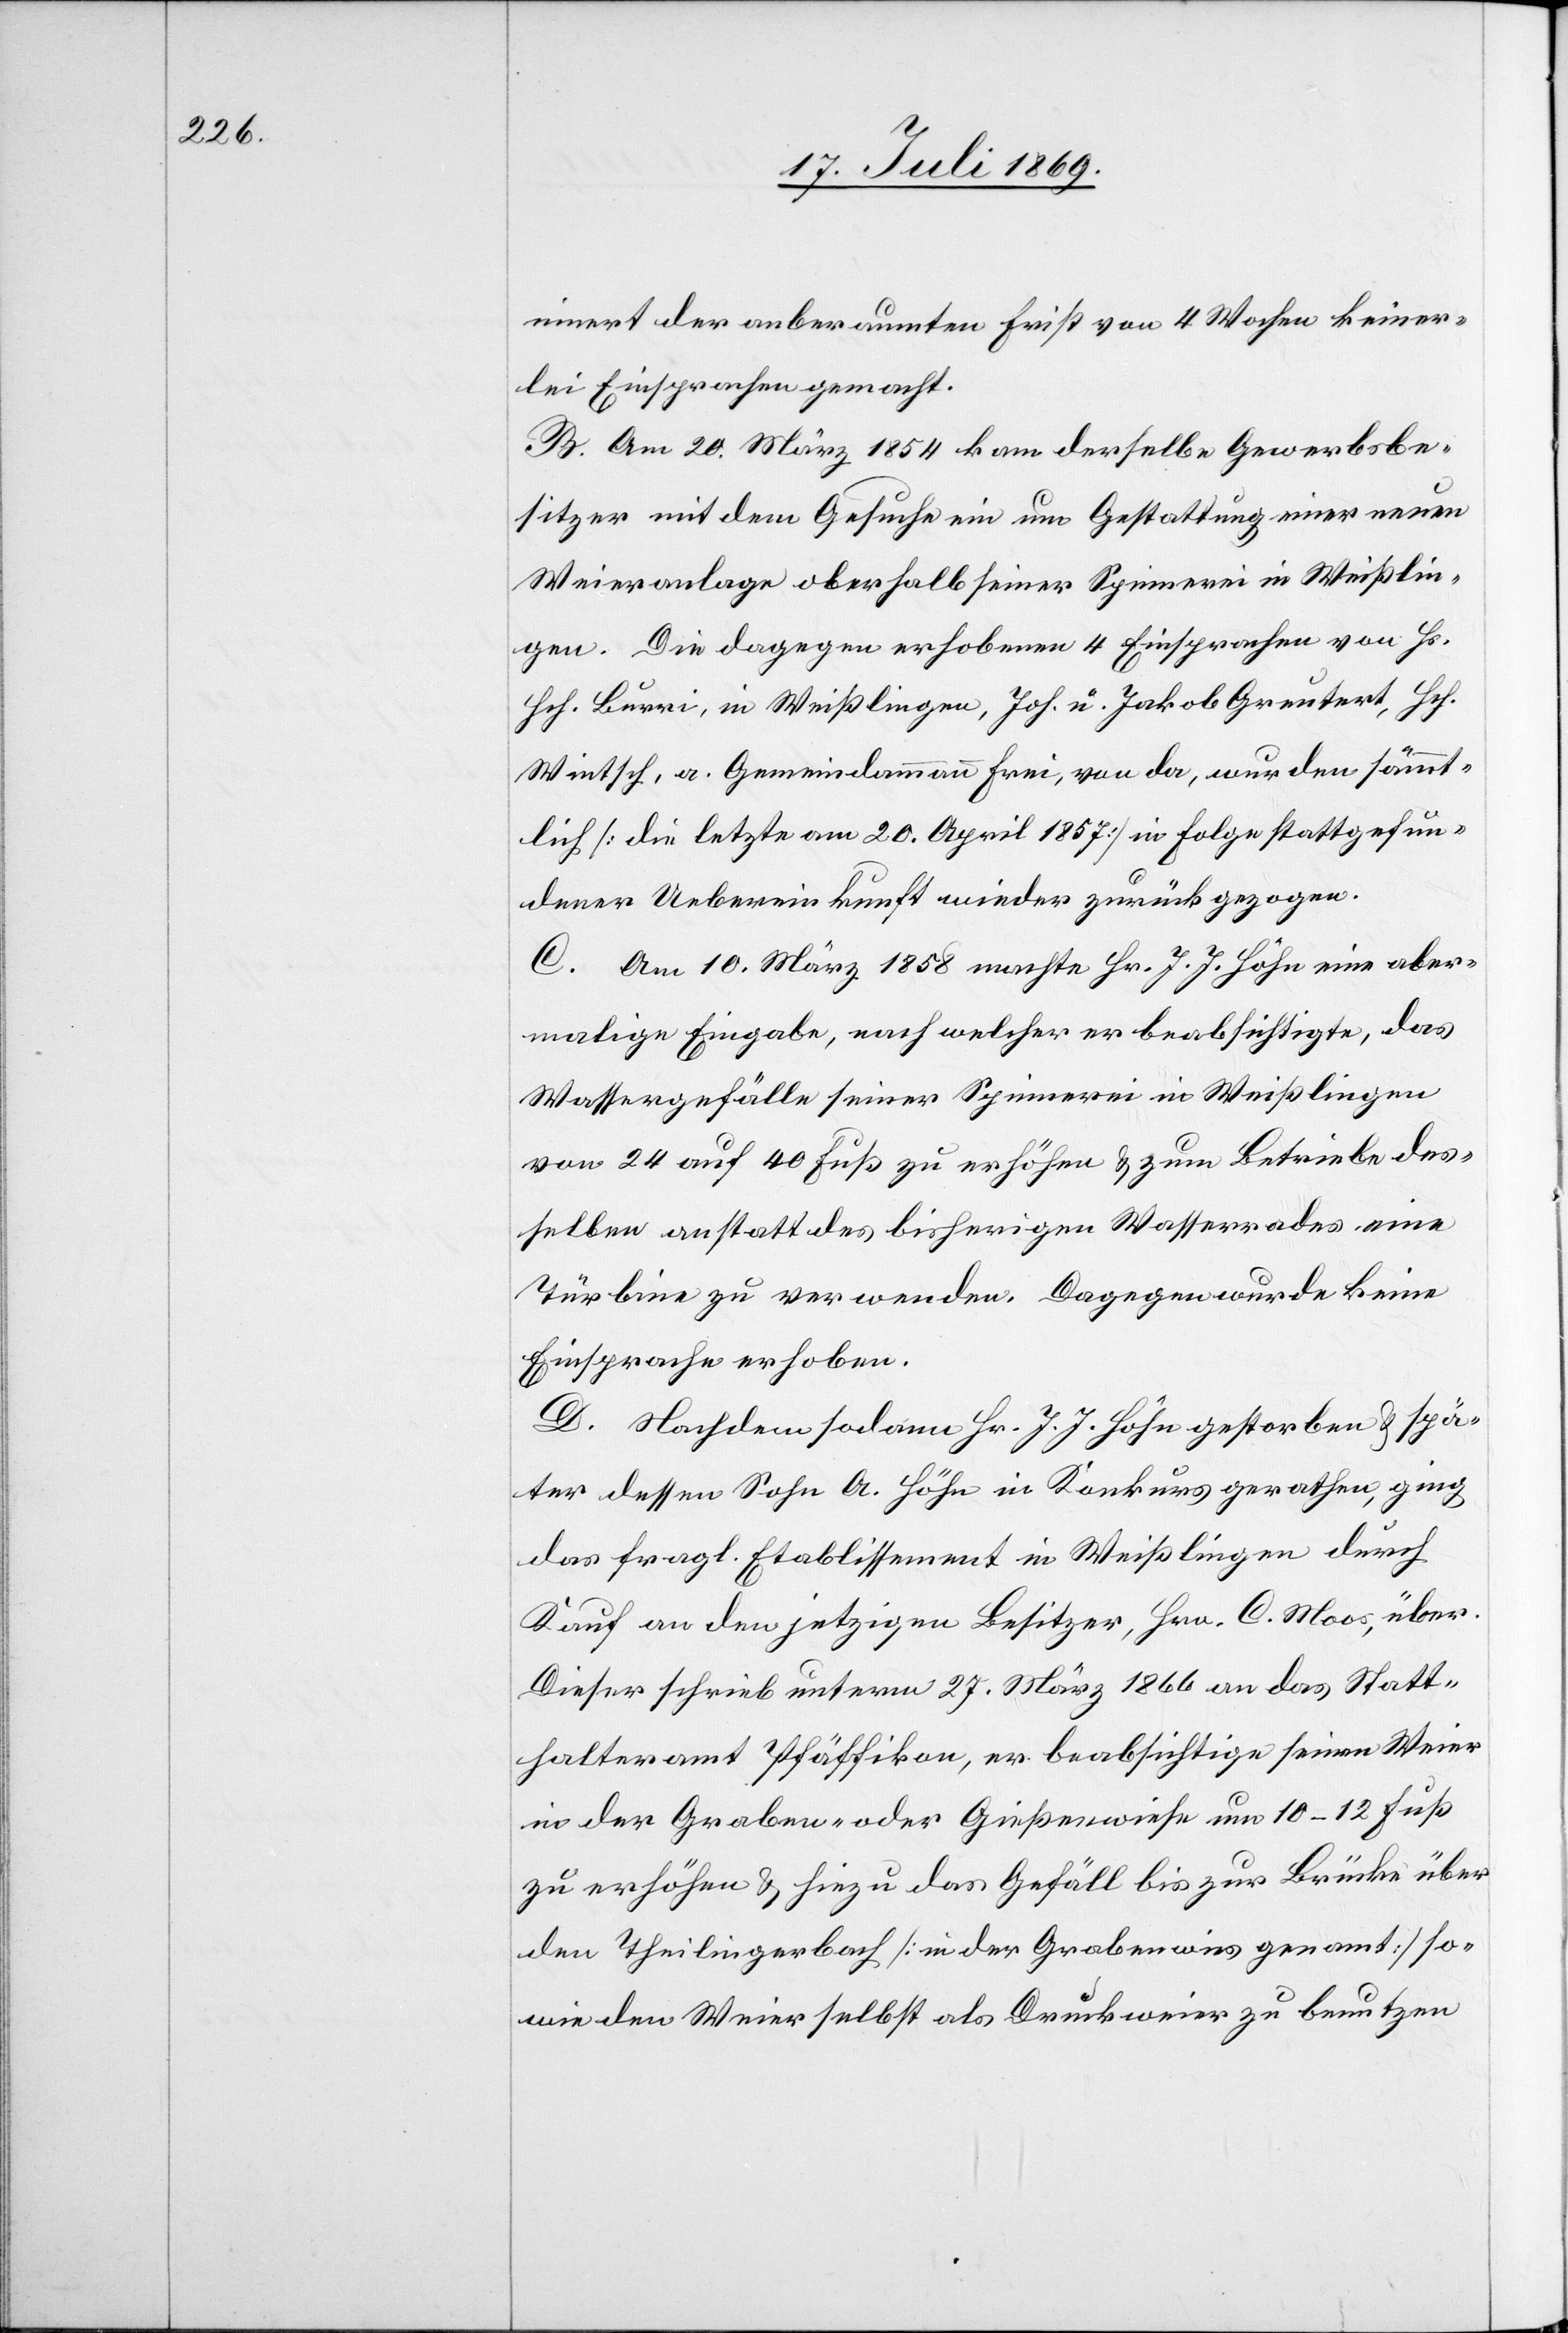
innert der anberaumten Frist von 4 Wochen keiner¬
lei Einsprachen gemacht.
B. Am 20. März 1854 kam derselbe Gewerbsbe¬
sitzer mit dem Gesuche ein um Gestattung einer neuen
Weieranlage oberhalb seiner Spinnerei in Weißlin¬
gen. Die dagegen erhobenen 4 Einsprachen von Hs.
Hch. Burri, in Weißlingen, Joh. u. Jakob Greutert, Hch.
Wintsch, a. Gemeindammann Frei, von da, wurden sämmt¬
lich [die letzte am 20. April 1857] in Folge stattgefun¬
dener Uebereinkuft wieder zurückgezogen.
C. Am 10. März 1858 macht Hr. J. J. Höhn eine aber¬
malige Eingabe, nach welcher er beabsichtigte, das
Wassergefälle seiner Spinnerei in Weißlingen
von 24 auf 40 Fuß zu erhöhen u. zum Betriebe des¬
selben anstatt des bisherigen Wasserrades eine
Turbine zu verwenden. Dagegen wurde keine
Einsprache erhoben.
D. Nachdem sodann Hr. J. J. Höhn gestorben u. spä¬
ter dessen Sohn A. Höhn in Konkurs gerathen, ging
das fragl. Etablissement in Weißlingen durch
Kauf an den jetzigen Besitzer, Hrn. C. Moos, über.
Dieser schrieb unterm 27. März 1866 an das Statt¬
halteramt Pfäffikon, er beabsichtige seinen Weier
in der Graben- oder Geißenwiese um 10–12 Fuß
zu erhöhen u. hiezu das Gefäll bis zur Brücke über
den Theilingerbach [in der Grabenwies genannt] so¬
wie den Weier selbst als Druckweier zu benutzen